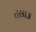
તલાક